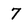
Character: 7